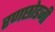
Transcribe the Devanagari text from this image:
रणछोडजी